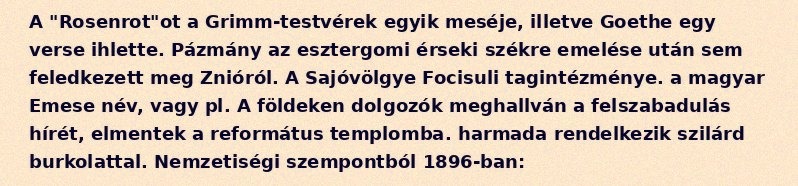
A "Rosenrot"ot a Grimm-testvérek egyik meséje, illetve Goethe egy verse ihlette. Pázmány az esztergomi érseki székre emelése után sem feledkezett meg Znióról. A Sajóvölgye Focisuli tagintézménye. a magyar Emese név, vagy pl. A földeken dolgozók meghallván a felszabadulás hírét, elmentek a református templomba. harmada rendelkezik szilárd burkolattal. Nemzetiségi szempontból 1896-ban: